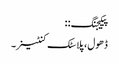
پیکیجنگ: :
ڈھول ، پلاسٹک کنٹینر۔